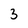
Character: 3